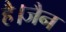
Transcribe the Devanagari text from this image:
है।जैन